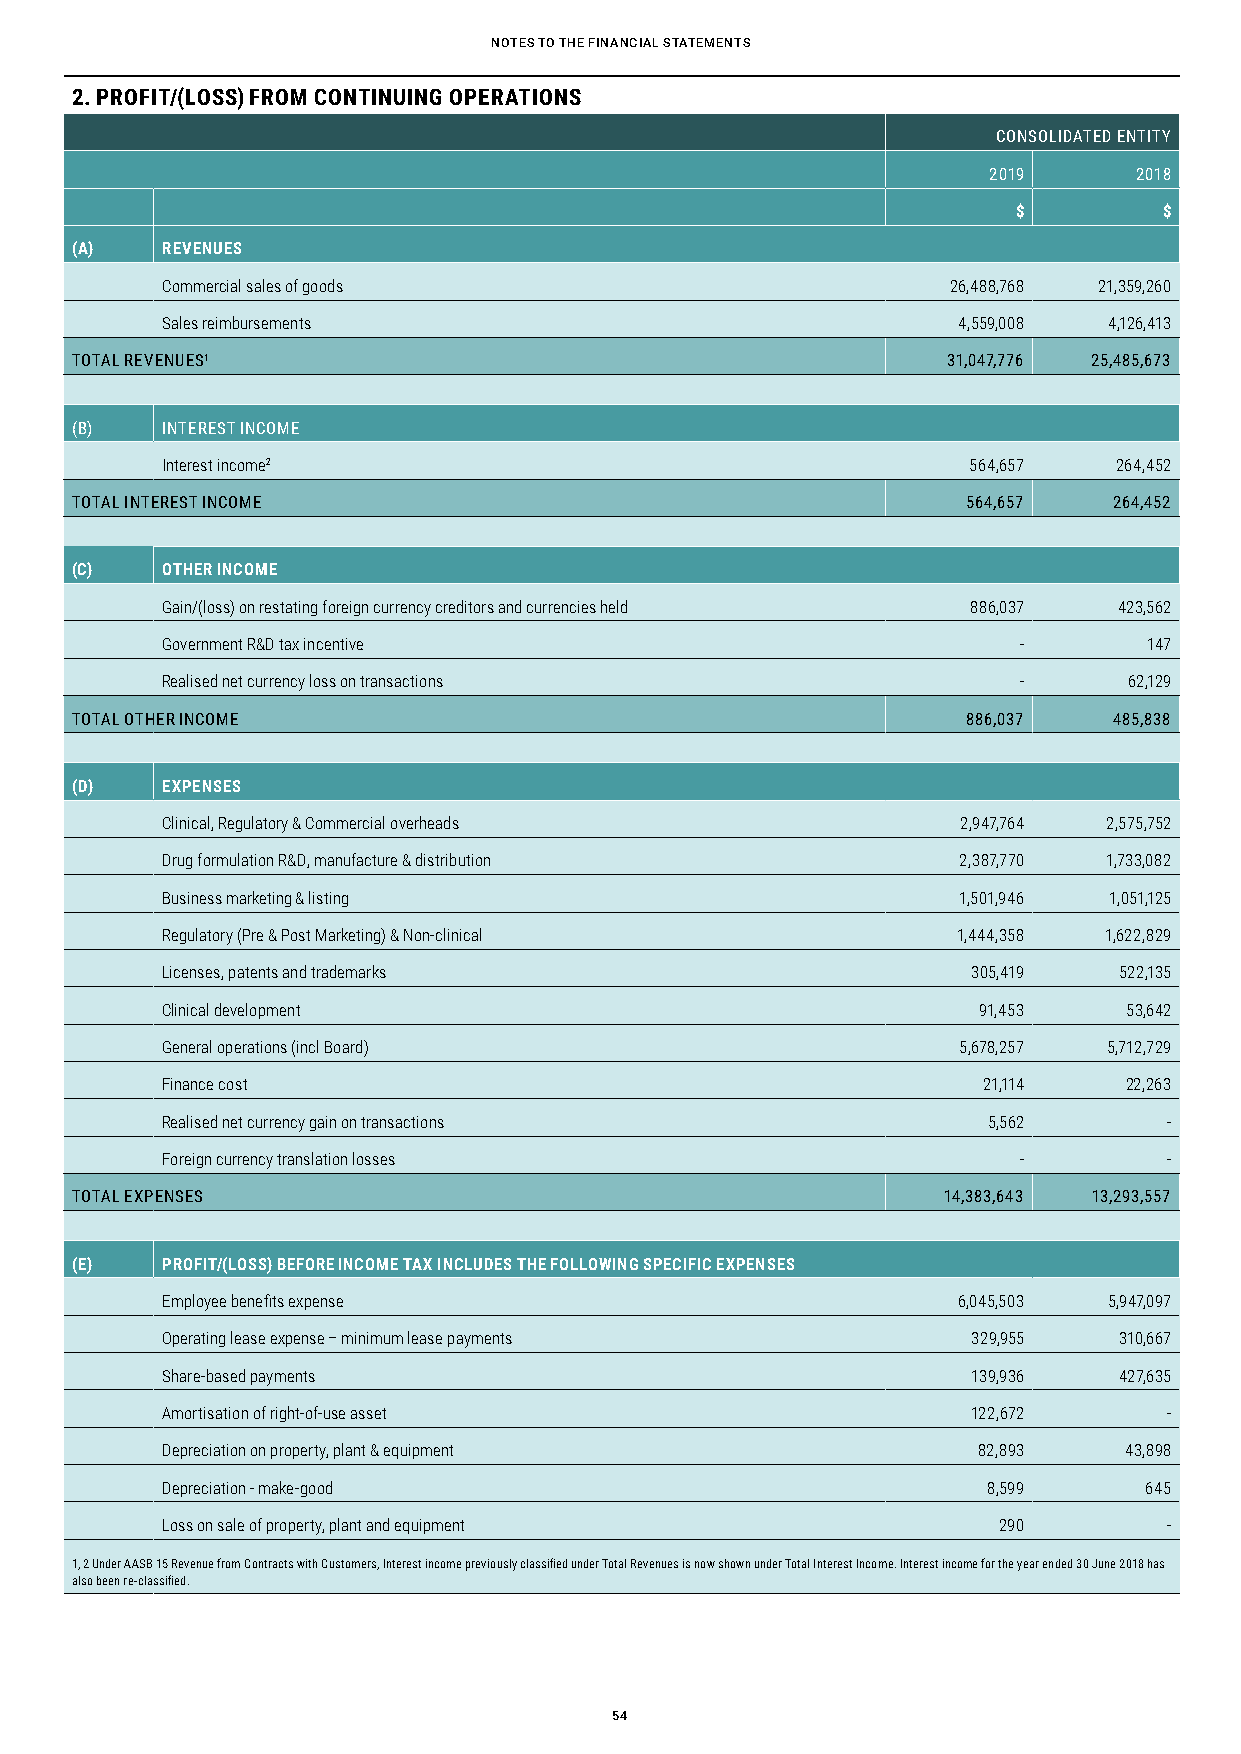
NotEs to thE FiNaNCiaL statEMENts
 2. PROFIT/(LOSS) FROM CONTINUING OPERATIONS
 CONSOLIDATED ENTITY
 2019      2018
 $         $
 (A)   REVENUES
 Commercial sales of goods                           26,488,768 21,359,260
 Sales reimbursements                                4,559,008 4,126,413
 TOTAL REVENUES1                                           31,047,776 25,485,673
 (B)   INTEREST INCOME
 Interest income2                                     564,657   264,452
 TOTAL INTEREST INCOME                                      564,657   264,452
 (C)   OTHER INCOME
 Gain/(loss) on restating foreign currency creditors and currencies held 886,037 423,562
 Government R&D tax incentive                            -        147
 Realised net currency loss on transactions              -       62,129
 TOTAL OTHER INCOME                                         886,037   485,838
 (D)   EXPENSES
 Clinical, Regulatory & Commercial overheads          2,947,764 2,575,752
 Drug formulation R&D, manufacture & distribution     2,387,770 1,733,082
 Business marketing & listing                         1,501,946 1,051,125
 Regulatory (Pre & Post Marketing) & Non-clinical    1,444,358 1,622,829
 Licenses, patents and trademarks                     305,419   522,135
 Clinical development                                  91,453   53,642
 General operations (incl Board)                     5,678,257 5,712,729
 Finance cost                                          21,114   22,263
 Realised net currency gain on transactions            5,562       -
 Foreign currency translation losses                     -         -
 TOTAL EXPENSES                                           14,383,643 13,293,557
 (E)   PROFIT/(LOSS) BEFORE INCOME TAX INCLUDES THE FOLLOWING SPECIFIC EXPENSES
 Employee benefits expense                           6,045,503 5,947,097
 Operating lease expense – minimum lease payments     329,955   310,667
 Share-based payments                                 139,936   427,635
 Amortisation of right-of-use asset                   122,672      -
 Depreciation on property, plant & equipment           82,893   43,898
 Depreciation - make-good                              8,599      645
 Loss on sale of property, plant and equipment          290        -
 1, 2 Under AASB 15 Revenue from Contracts with Customers, Interest income previously classified under Total Revenues is now shown under Total Interest Income. Interest income for the year ended 30 June 2018 has
 also been re-classified.
 54